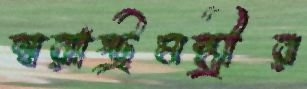
স্বরাষ্ট্রমন্ত্রীর